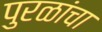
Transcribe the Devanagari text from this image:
पुरळांचा